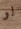
لو